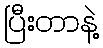
ပြီးတာနဲ့